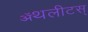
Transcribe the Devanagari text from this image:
ॲथलीटस्